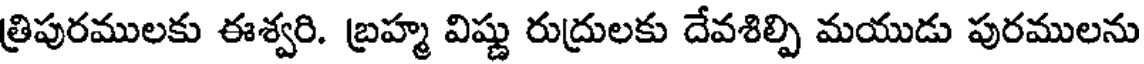
త్రిపురములకు ఈశ్వరి. బ్రహ్మ విష్ణు రుద్రులకు దేవశిల్పి మయుడు పురములను